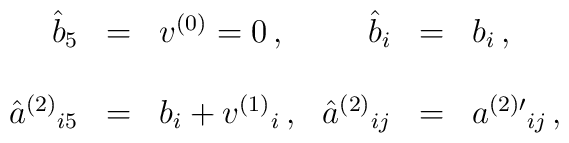
\begin{array}{rclrcl}\hat{b}_{5} & = & v^{(0)}=0\, ,&\hat{b}_{i} & = & b_{i}\, ,\hspace{1cm}\\& & & & & \\\hat{a}^{(2)}{}_{i5} & = & b_{i} +v^{(1)}{}_{i}\, ,&\hat{a}^{(2)}{}_{ij} & = & a^{(2)\prime}{}_{ij}\, ,\\\end{array}